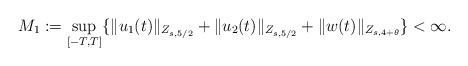
LaTeX: \begin{align*}M_1:=\sup_{[-T,T]}\{\|u_1(t)\|_{Z_{s,5/2}}+\|u_2(t)\|_{Z_{s,5/2}}+\|w(t)\|_{Z_{s,4+\theta}}\}<\infty.\end{align*}